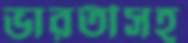
ভারতীসহ